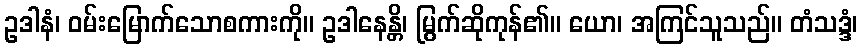
ဥဒါနံ၊ ဝမ်းမြောက်သောစကားကို။ ဥဒါနေန္တိ၊ မြွက်ဆိုကုန်၏။ ယော၊ အကြင်သူသည်။ တံသဒ္ဒံ၊